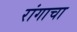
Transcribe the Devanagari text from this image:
रांगाचा